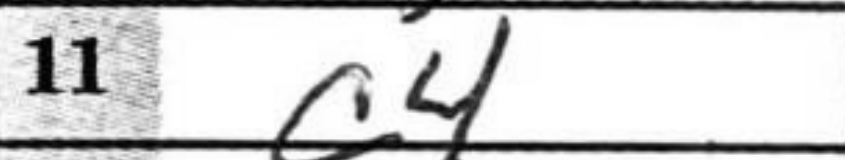
Transcription: c4